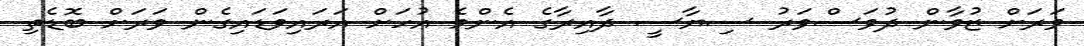
ވަރަށް ޒުވާން ދުވަސްވަރު ސިޔާސީ ދާއިރާގެ އެންމެ އުހަށް އަރައިވަޑައިގެން ވަރަށް ބޮޑެތި